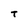
Character: T